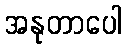
အနုတာပေါ